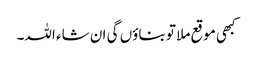
کبھی موقع ملا تو بناؤں گی ان شاء اللہ۔